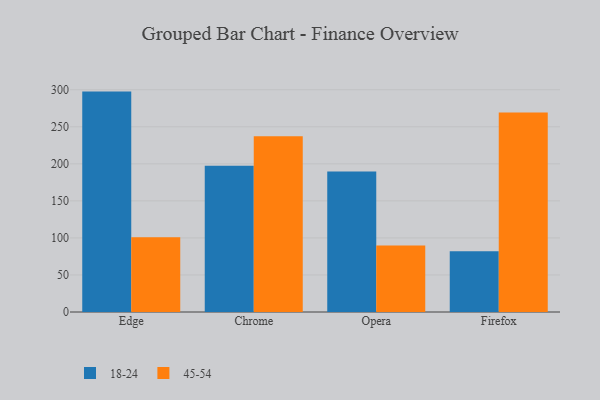
{"axis": {"x": "Browser", "y": "Market Share (%)"}, "legend": ["18-24", "45-54"], "data": [{"x": "Edge", "y": 297.5, "type": "18-24"}, {"x": "Edge", "y": 100.9, "type": "45-54"}, {"x": "Chrome", "y": 197.5, "type": "18-24"}, {"x": "Chrome", "y": 237.1, "type": "45-54"}, {"x": "Opera", "y": 189.6, "type": "18-24"}, {"x": "Opera", "y": 89.8, "type": "45-54"}, {"x": "Firefox", "y": 82.1, "type": "18-24"}, {"x": "Firefox", "y": 269.4, "type": "45-54"}]}